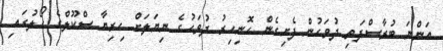
އަންނަ ބުރާސްފަތި ދުވަހުން ފެށިގެން ހޮނިހިރު ދުވަހުގެ ނިޔަލަށް ހިރިޔާ ސްކޫލްގެ ހޯލުގައި